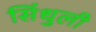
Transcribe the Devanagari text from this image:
सिंधुली